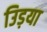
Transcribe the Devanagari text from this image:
उिड़या